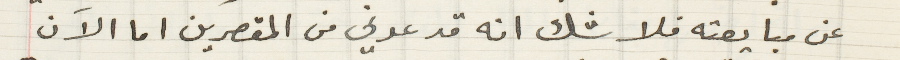
عن مبايعته فلا شك انه قد عدني من المقصرين اما الاَن